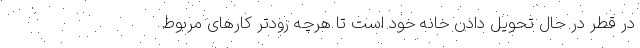
در قطر در حال تحویل دادن خانه خود است تا هرچه زودتر کار‌های مربوط